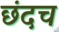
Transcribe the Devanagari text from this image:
छंदच